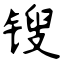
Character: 锼